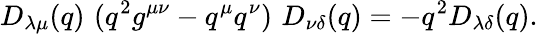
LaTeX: D_{\lambda\mu}(q)\, \, (q^{2}g^{\mu\nu}-q^{\mu}q^{\nu})\, \, D_{\nu\delta}(q)=-q^{2}D_{\lambda\delta}(q).